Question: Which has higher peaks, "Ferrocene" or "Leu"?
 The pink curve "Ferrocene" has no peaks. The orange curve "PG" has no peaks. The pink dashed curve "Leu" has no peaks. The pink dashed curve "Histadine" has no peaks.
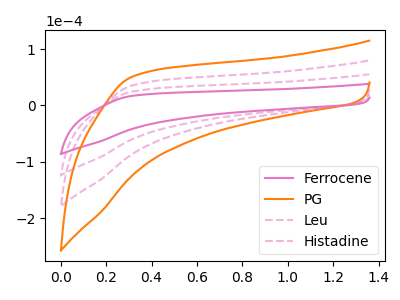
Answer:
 <answer>Niether CV has any peaks.</answer>
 <eval>blanks</eval>